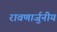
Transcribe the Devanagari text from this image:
रावणार्जुनीय